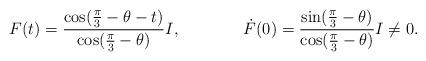
LaTeX: \begin{align*}F(t) &= \frac{\cos(\frac{\pi}{3} - \theta - t)}{\cos(\frac{\pi}{3} - \theta)} I, & \dot{F}(0) &= \frac{\sin(\frac{\pi}{3}-\theta)}{\cos(\frac{\pi}{3} - \theta)} I \neq 0.\end{align*}